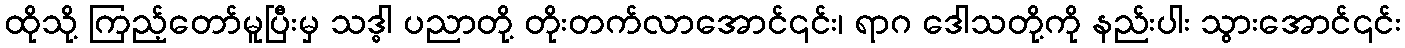
ထိုသို့ ကြည့်တော်မူပြီးမှ သဒ္ဓါ ပညာတို့ တိုးတက်လာအောင်၎င်း၊ ရာဂ ဒေါသတို့ကို နည်းပါး သွားအောင်၎င်း